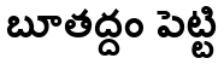
బూతద్దం పెట్టి